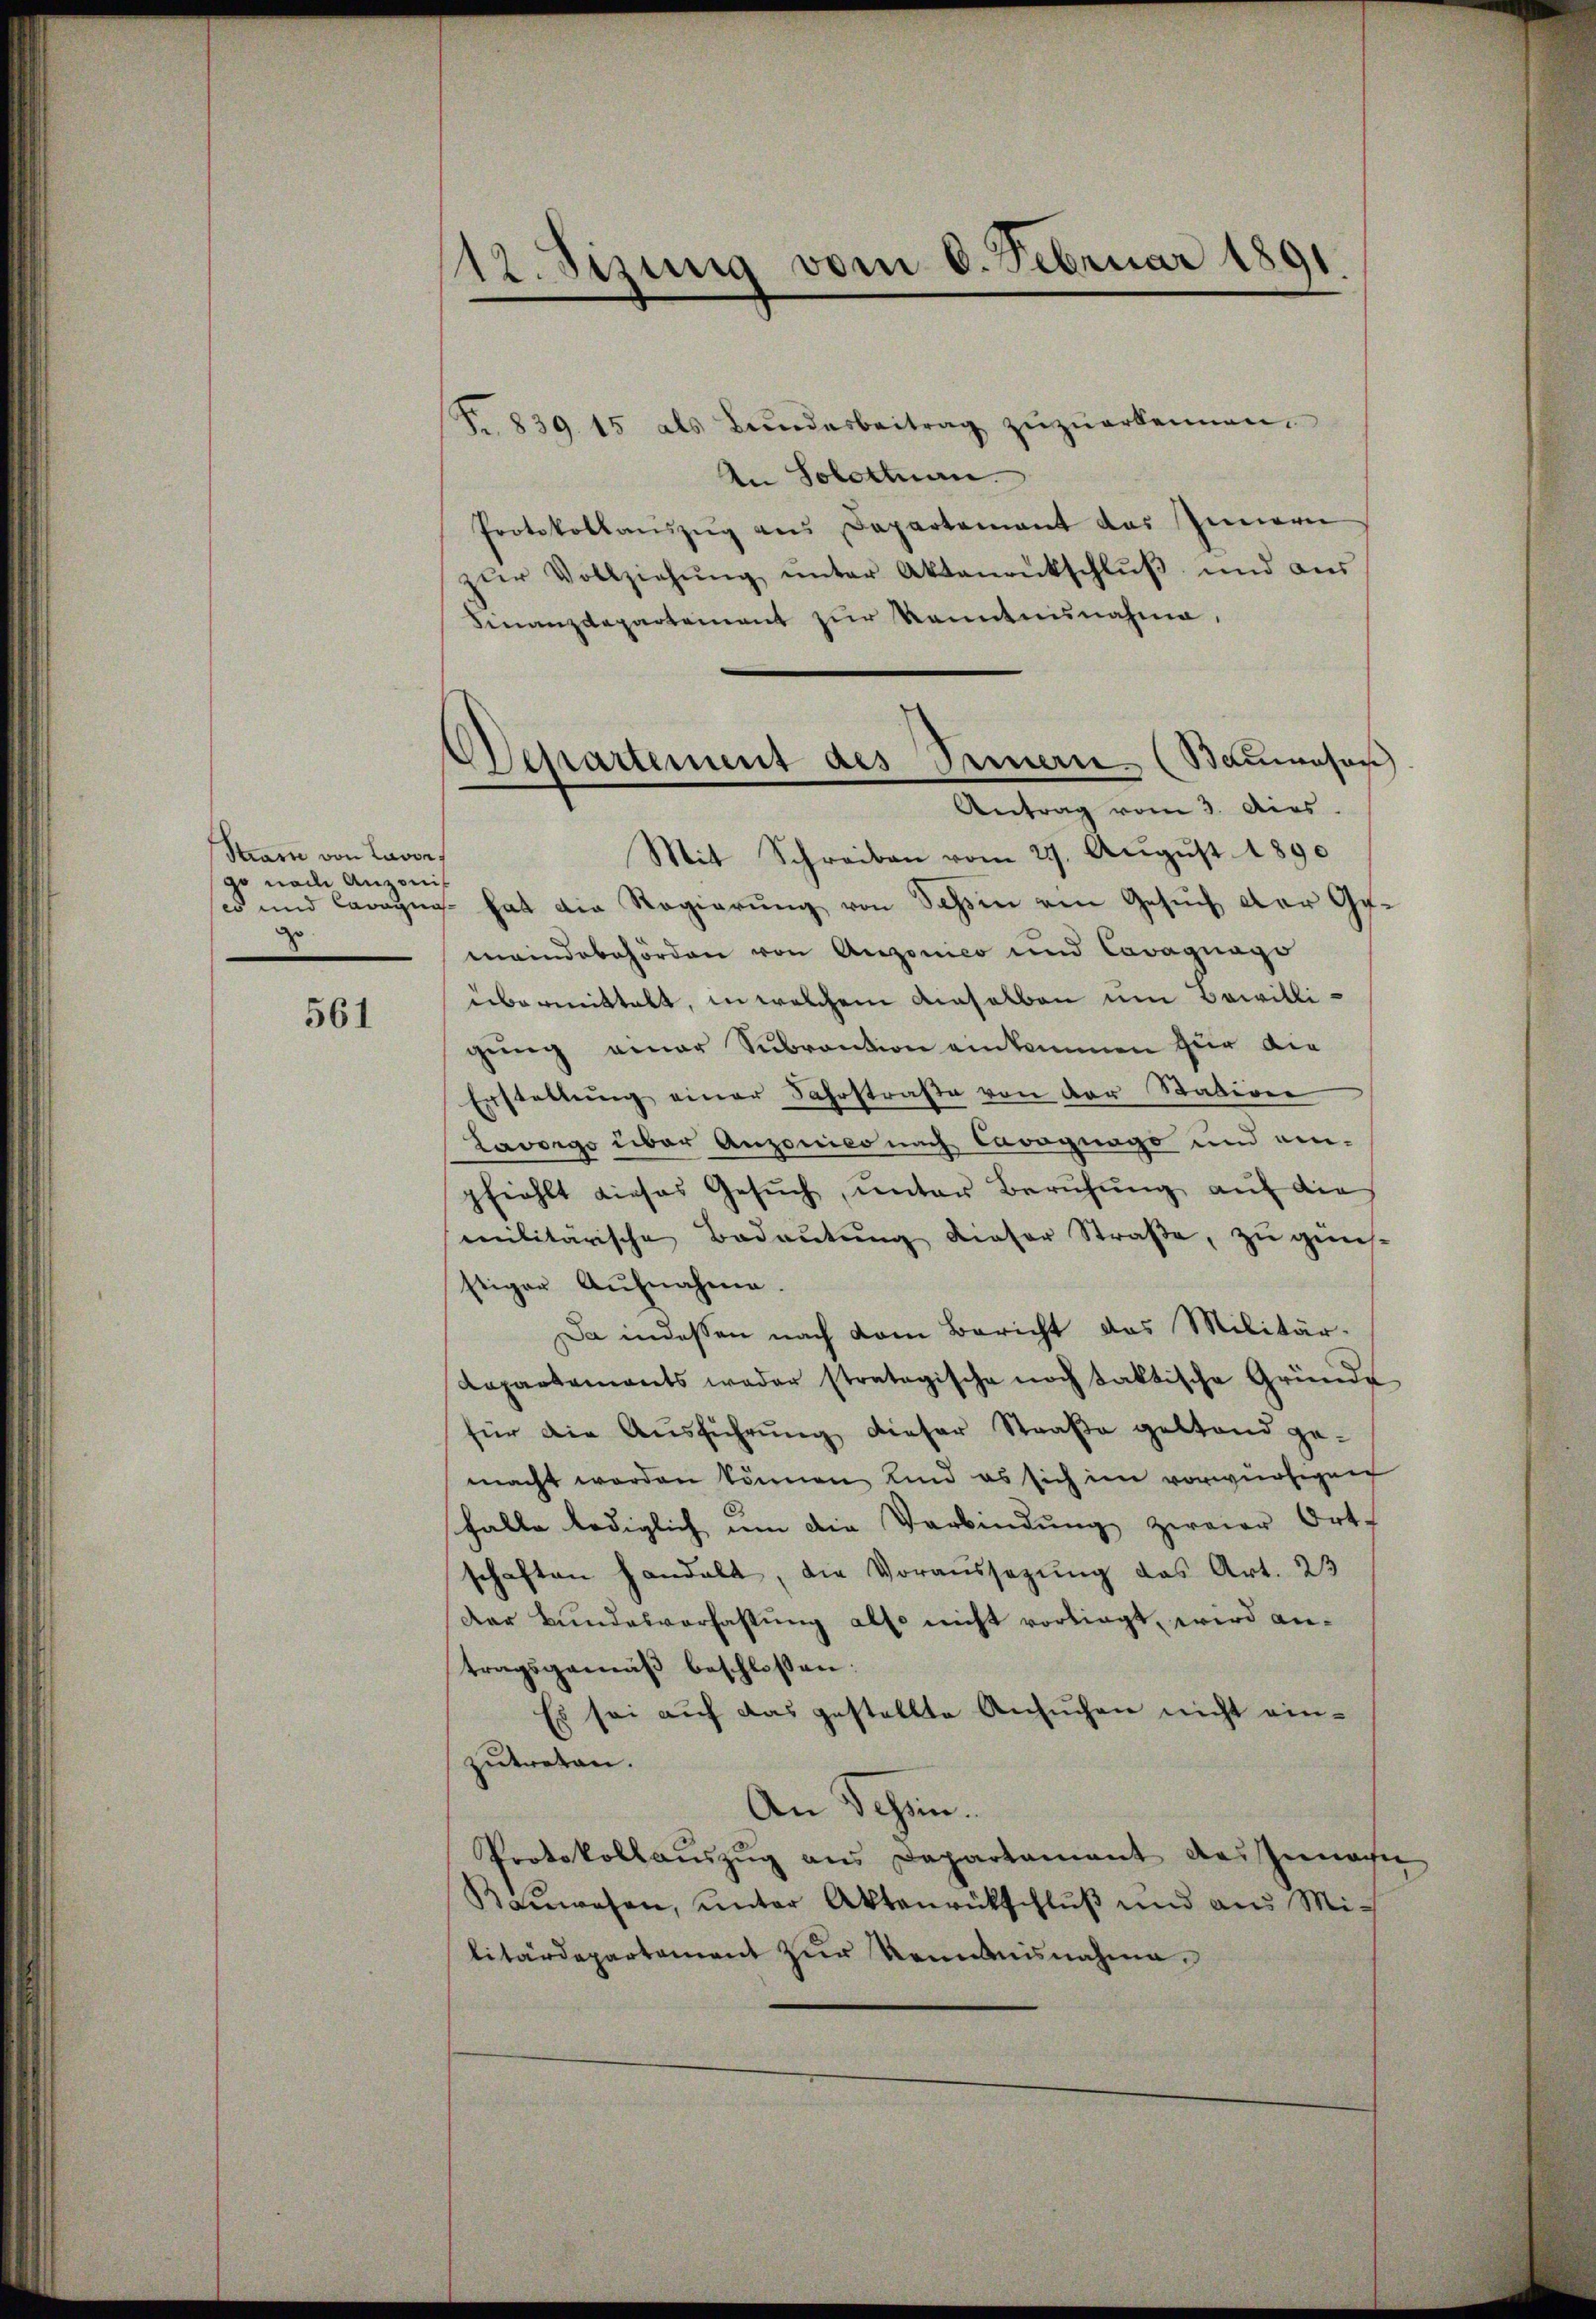
Stiarie von Lavor,
nach Anzonis
es und Caragni

561

112. Sizung vom 6. Februar 1891

Departement des Armern (Baumesan
Antrag vom 3. Aus

Fr. 839. 15 als Bŭndesbeitrag zŭzŭerkennen.
An Solothurn.
Protokollauszug aus Departement des Innern
zŭr Vollziehŭng ŭnter Aktenrückschlŭβ ŭnd aŭs
Finanzdepartement zŭr Kenntnunahme.
Mit Schreiben vom 29. August 1890
s hat die Regierung von Schen von Gesuch der Gemeindebehörden von Anzonico und Cavagnagi
übermittelt, in welchem dieselben um Bewilligung einer Subvention einkommen für die
Erstellŭng einer Fahrstraße von der Statiren
Lavorgo über Anzonico nach Cavognago und an-
fiehlt dieses Gesŭch, unter Beruhung auf die
militärische Bedaŭtŭng dieser Straβe, zŭ günst
stiger Aufnahme.
Da indessen nach dem Bericht das Militär-
Rapartements weder stratogische noch taktische Gründe
für die Ausführung dieser Straße gestand gemacht werden können, und es sich im vorwürfigen
sfalle lediglich um die Verbindŭng zweier Ort-
schaften handelt, die Voraussezung das Art. 23
Der Bundesverfassung also nicht vorliegt, wird antragsgemäβ beschlossen:
Es sei auf das gestellte Ansuchen nicht einzutreten.
An Schön.
Protokollauszug aus Departement des Genann
Baŭwesen, ŭnter Aktenrückschlŭβ und aus Mi-
litärdepartement zur Kenntnisnahme.